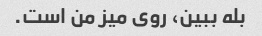
بله ببین، روی میز من است.